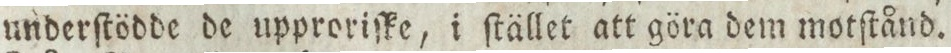
underſtödde de upproriſke, i ſtället att göra dem motſtånd.